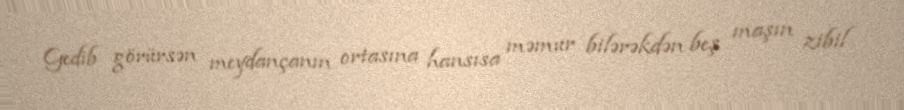
Gedib görürsən meydançanın ortasına hansısa məmur bilərəkdən beş maşın zibil